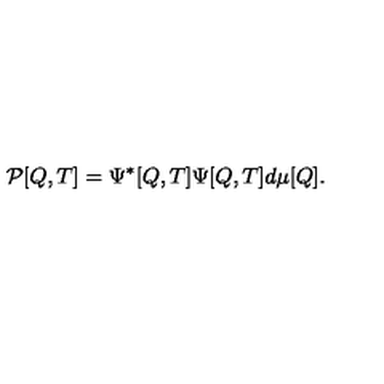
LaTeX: { \cal P } [ Q , T ] = \Psi ^ { * } [ Q , T ] \Psi [ Q , T ] d \mu [ Q ] .